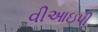
વીઆઇપી